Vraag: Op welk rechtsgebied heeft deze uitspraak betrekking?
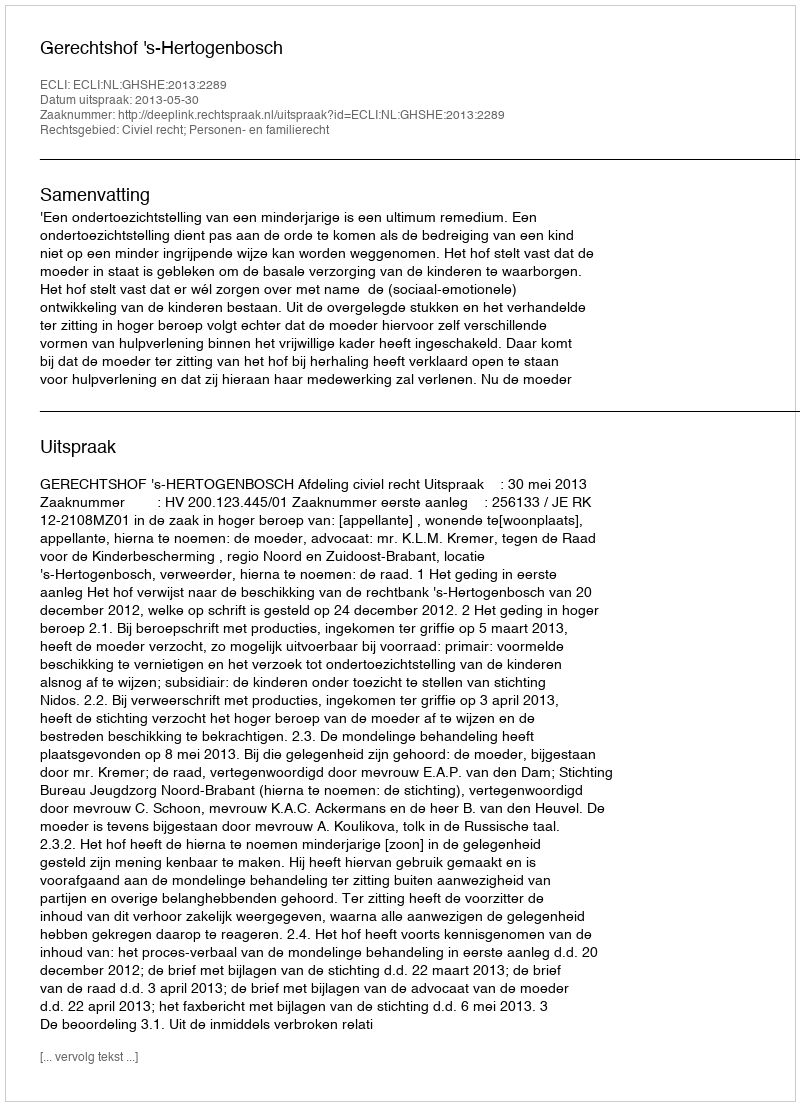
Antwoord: Civiel recht; Personen- en familierecht